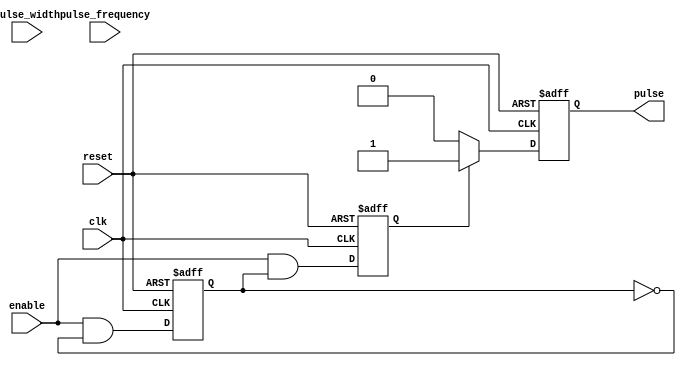
module falling_edge_pulse_gen(
  input clk,
  input reset,
  input enable,
  input pulse_width,
  input pulse_frequency,
  output reg pulse
);

  reg capture_rising_edge;
  reg capture_falling_edge;

  always @(posedge clk or posedge reset) begin
    if (reset) begin
      capture_rising_edge <= 1'b0;
      capture_falling_edge <= 1'b0;
      pulse <= 1'b0;
    end else begin
      capture_rising_edge <= enable && !capture_rising_edge;
      capture_falling_edge <= enable && capture_rising_edge;
      
      if (capture_falling_edge) begin
        pulse <= 1'b1;
      end else begin
        pulse <= 1'b0;
      end
    end
  end

endmodule